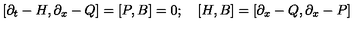
[ \partial _ { t } - H , \partial _ { x } - Q ] = [ P , B ] = 0 ; \quad [ H , B ] = [ \partial _ { x } - Q , \partial _ { x } - P ]